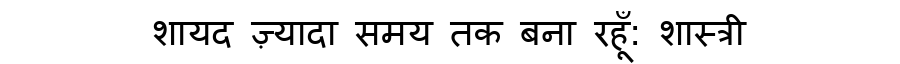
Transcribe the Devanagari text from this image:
शायद ज़्यादा समय तक बना रहूँ: शास्त्री